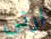
ارنى